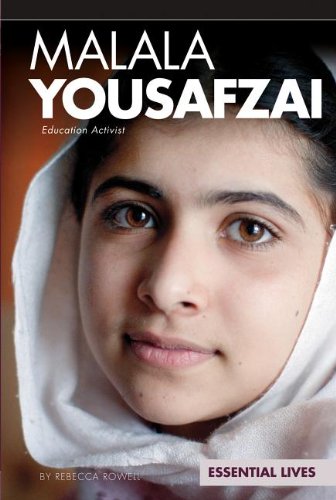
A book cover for Malala Yousafzai: Education Activist (Essential Lives); Rebecca Rowell; Teen & Young Adult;